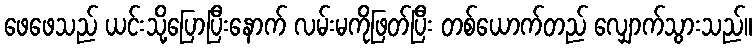
ဖေဖေသည် ယင်းသို့ပြောပြီးနောက် လမ်းမကိုဖြတ်ပြီး တစ်ယောက်တည် လျှောက်သွားသည်။